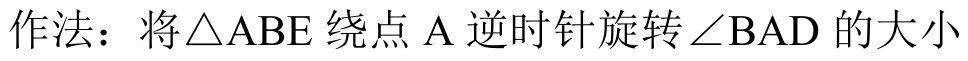
作法：将\(\triangle ABE\) 绕点 \(A\) 逆时针旋转\(\angle BAD\) 的大小